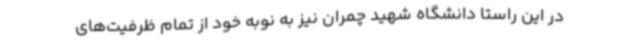
در این راستا دانشگاه شهید چمران نیز به نوبه خود از تمام ظرفیت‌های